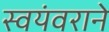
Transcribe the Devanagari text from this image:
स्वयंवराने